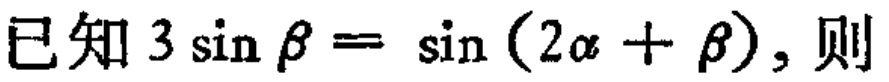
已知\(3\sin\beta = \sin(2\alpha + \beta)\)，则